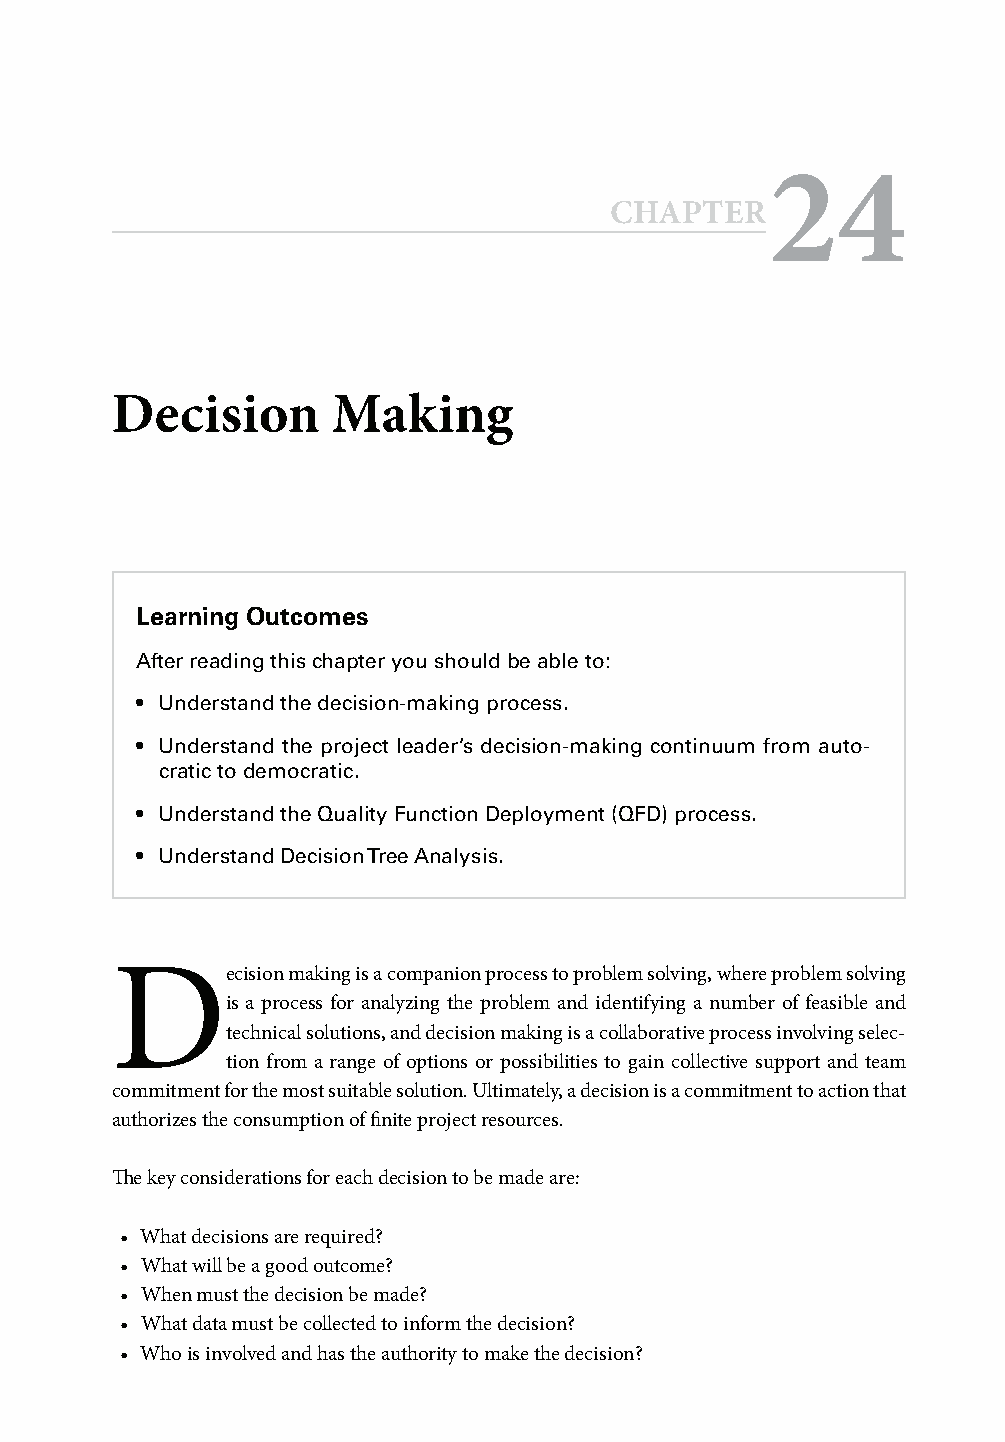
24
 CCHHAAPPTTEERR
 Decision       Making
 Learning Outcomes
 After reading this chapter you should be able to:
 • Understand the decision-making process.
 • Understand the project leader’s decision-making continuum from auto-
 cratic to democratic.
 • Understand the Quality Function Deployment (QFD) process.
 • Understand Decision Tree Analysis.
 D
 ecision making is a companion process to problem solving, where problem solving
 is a process for analyzing the problem and identifying a number of feasible and
 technical solutions, and decision making is a collaborative process involving selec-
 tion from a range of options or possibilities to gain collective support and team
 commitment for the most suitable solution. Ultimately, a decision is a commitment to action that
 authorizes the consumption of fi nite project resources.
 Th e key considerations for each decision to be made are:
 • What decisions are required?
 • What will be a good outcome?
 • When must the decision be made?
 • What data must be collected to inform the decision?
 • Who is involved and has the authority to make the decision?